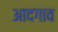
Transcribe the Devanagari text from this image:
आदगाव